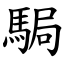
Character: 駶